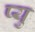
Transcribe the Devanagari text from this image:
प्यु